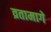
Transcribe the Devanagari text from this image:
व्रतामागे